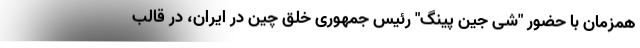
همزمان با حضور "شی جین پینگ" رئیس جمهوری خلق چین در ایران، در قالب